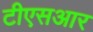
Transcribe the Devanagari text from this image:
टीएसआर